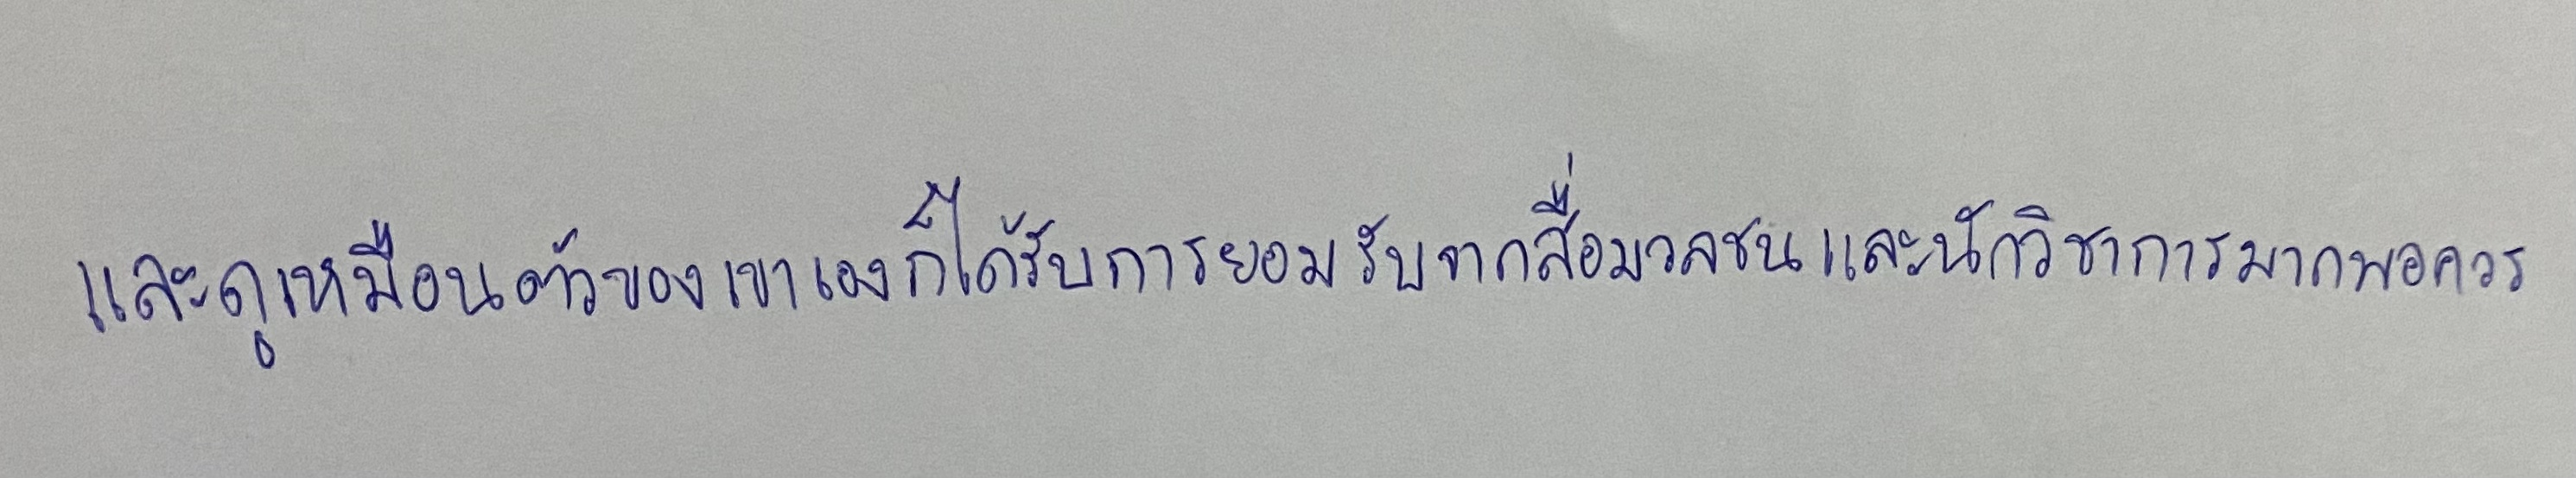
และดูเหมือนตัวของเขาเองก็ได้รับการยอมรับจากสื่อมวลชนและนักวิชาการมากพอควร